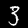
Label: 3